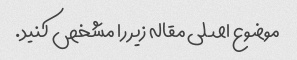
موضوع اصلی مقاله زیر را مشخص کنید.